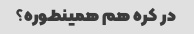
در کره هم همینطوره؟